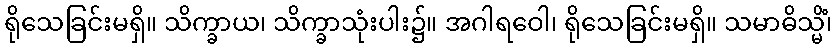
ရိုသေခြင်းမရှိ။ သိက္ခာယ၊ သိက္ခာသုံးပါး၌။ အဂါရဝေါ၊ ရိုသေခြင်းမရှိ။ သမာဓိသ္မိံ၊